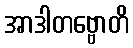
အာဒါတဗ္ဗောတိ